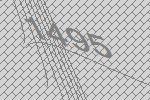
1495